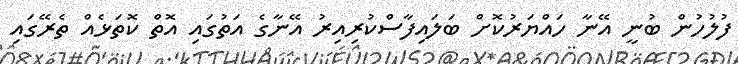
ފުލުހުން ބުނީ އޭނާ ހައްޔަރުކޮށް ބަލައިފާސްކުރިއިރު އޭނާގެ އަތުގައި އޮތް ކޮތަޅެއް ތެރޭގައި